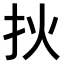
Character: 𤆎